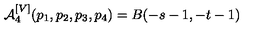
{ \cal A } _ { 4 } ^ { [ V ] } ( p _ { 1 } , p _ { 2 } , p _ { 3 } , p _ { 4 } ) = B ( - s - 1 , - t - 1 )